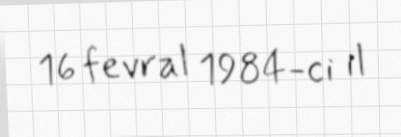
16 fevral 1984-ci il